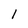
Character: l